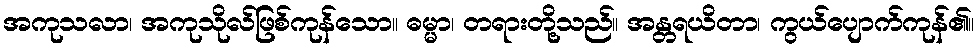
အကုသလာ၊ အကုသိုလ်ဖြစ်ကုန်သော။ ဓမ္မာ၊ တရားတို့သည်။ အန္တရယိတာ၊ ကွယ်ပျောက်ကုန်၏။